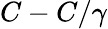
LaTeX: C-C/\gamma